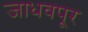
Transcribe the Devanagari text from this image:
जाधवपूर